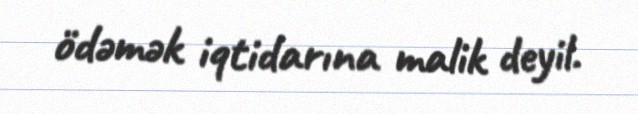
ödəmək iqtidarına malik deyil.